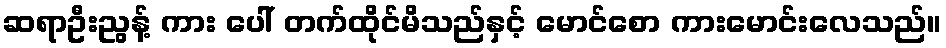
ဆရာဦးညွန့် ကား ပေါ် တက်ထိုင်မိသည်နှင့် မောင်စော ကားမောင်းလေသည်။